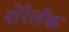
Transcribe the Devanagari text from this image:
शेरेलॅक